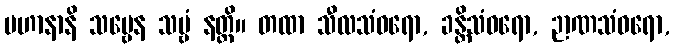
ပဟာနာနိ သဗ္ဗေန သဗ္ဗံ နတ္ထိ။ တထာ သီလသံဝရော, ခန္တိသံဝရော, ဉာဏသံဝရော,